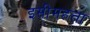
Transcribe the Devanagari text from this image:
इसीमहत्ता